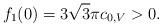
LaTeX: \begin{align*} f_1(0) = 3 \sqrt{3} \pi c_{0,V} > 0. \end{align*}